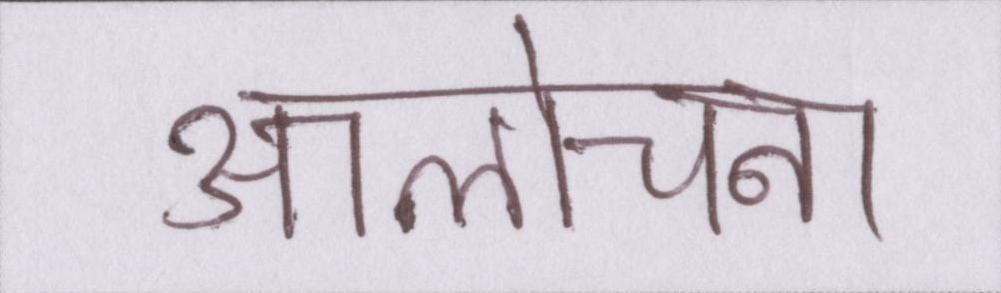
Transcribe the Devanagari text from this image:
आलोचना